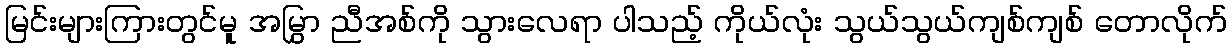
မြင်းများကြားတွင်မူ အမြွှာ ညီအစ်ကို သွားလေရာ ပါသည့် ကိုယ်လုံး သွယ်သွယ်ကျစ်ကျစ် တောလိုက်